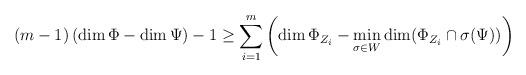
LaTeX: \begin{align*}(m-1)\left( \dim \Phi -\dim \Psi \right) -1\geq \sum_{i=1}^{m}\left( \dim\Phi _{Z_{i}}-\min_{\sigma \in W}\dim (\Phi _{Z_{i}}\cap \sigma (\Psi))\right) \end{align*}